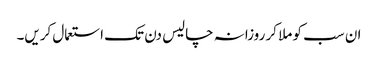
ان سب کو ملا کر روزانہ چالیس دن تک استعمال کریں۔